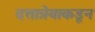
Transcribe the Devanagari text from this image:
दत्तात्रेयाकडून